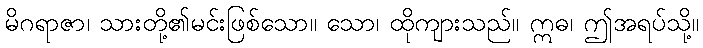
မိဂရာဇာ၊ သားတို့၏မင်းဖြစ်သော။ သော၊ ထိုကျားသည်။ ဣဓ၊ ဤအရပ်သို့။